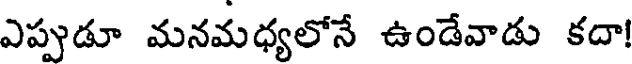
ఎప్పుడూ మనమధ్యలోనే ఉండేవాడు కదా!